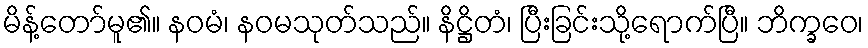
မိန့်တော်မူ၏။ နဝမံ၊ နဝမသုတ်သည်။ နိဋ္ဌိတံ၊ ပြီးခြင်းသို့ရောက်ပြီ။ ဘိက္ခဝေ၊